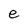
Character: e